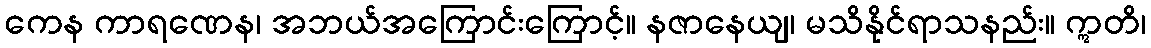
ကေန ကာရဏေန၊ အဘယ်အကြောင်းကြောင့်။ နဇာနေယျ၊ မသိနိုင်ရာသနည်း။ ဣတိ၊